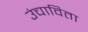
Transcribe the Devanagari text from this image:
उंचाविता